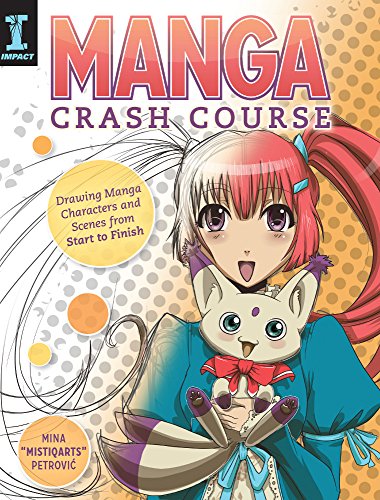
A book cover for Manga Crash Course: Drawing Manga Characters and Scenes from Start to Finish; Mina "Mistiqarts" Petrovic; Comics & Graphic Novels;